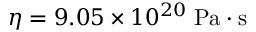
\eta = 9 . 0 5 \times 1 0 ^ { 2 0 } \; \mathrm { P a \cdot s }